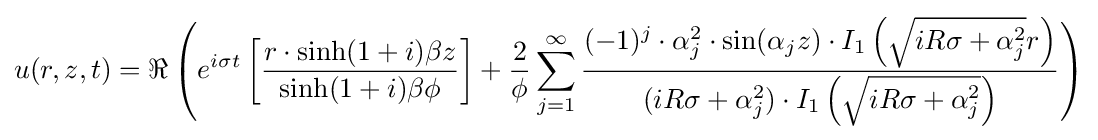
u(r,z,t)=\Re \left(e^{i\sigma t}\left[{\frac {r\cdot \sinh(1+i)\beta z}{\sinh(1+i)\beta \phi }}\right]+{\frac {2}{\phi }}\sum _{j=1}^{\infty }{\frac {(-1)^{j}\cdot \alpha _{j}^{2}\cdot \sin(\alpha _{j}z)\cdot I_{1}\left({\sqrt {iR\sigma +\alpha _{j}^{2}}}r\right)}{(iR\sigma +\alpha _{j}^{2})\cdot I_{1}\left({\sqrt {iR\sigma +\alpha _{j}^{2}}}\right)}}\right)